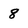
Character: 8